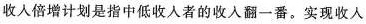
收入倍增计划是指中低收入者的收入翻-番。实现收入